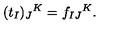
( t _ { I } ) _ { J } { } ^ { K } = f _ { I J } { } ^ { K } .